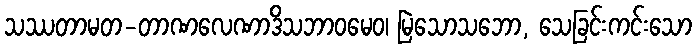
သဿတာမတ-တာဏလေဏာဒိသဘာဝမေဝ၊ မြဲသောသဘော, သေခြင်းကင်းသော